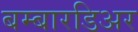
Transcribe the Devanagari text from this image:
बम्बारडिअर